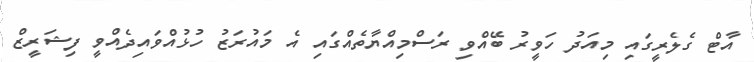
އާޓް ގެލެރީގައި މިއަދު ހަވީރު ބޭއްވި ރަސްމިއްޔާތެއްގައި އެ މައުރަޒު ހުޅުއްވައިދެއްވީ ފިޝަރީޒް